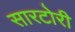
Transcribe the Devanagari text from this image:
सारटोरी